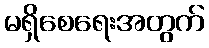
မရှိစေရေးအတွက်